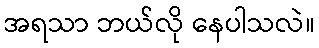
အရသာ ဘယ်လို နေပါသလဲ။